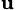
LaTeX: _{\mathbf{u}}